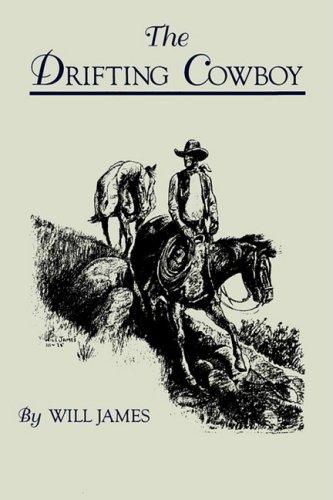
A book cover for The Drifting Cowboy (Tumbleweed); Will James; Literature & Fiction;